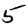
Digit: 5